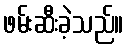
ဖမ်းဆီးခဲ့သည်။